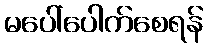
မပေါ်ပေါက်စေရန်